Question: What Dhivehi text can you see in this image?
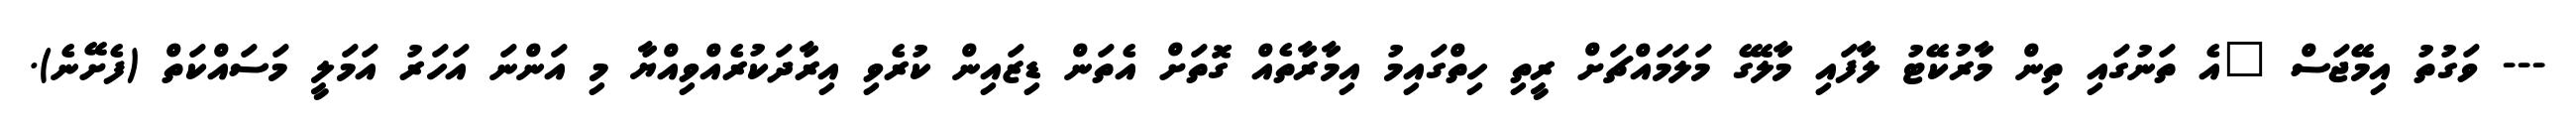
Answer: --- ވަގުތު އިމޭޖަސް "އެ ތަނުގައި ތިން މާރުކޭޓު ލާފައި މާލޭގެ މަލަމައްޗަށް ރީތި ހިތްގައިމު އިމާރާތެއް ގޮތަށް އެތަން ޑިޒައިން ކުރެވި އިރާދަކުރެއްވިއްޔާ މި އަންނަ އަހަރު އަމަލީ މަސައްކަތް (ފެށޭނެ).